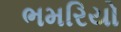
ભમરિયો